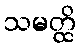
သမတ္ထိ